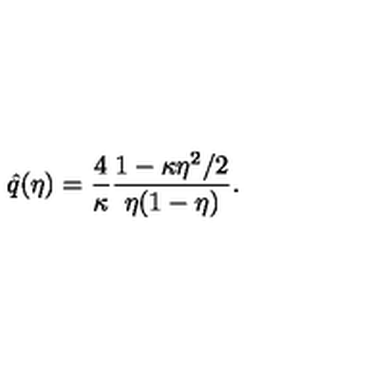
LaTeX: \hat { q } ( \eta ) = \frac 4 { \kappa } \frac { 1 - \kappa \eta ^ { 2 } / 2 } { \eta ( 1 - \eta ) } .